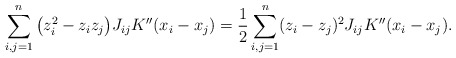
\begin{align*}\sum_{i,j=1}^n \big(z_i^2 - z_iz_j\big) J_{ij} K''(x_i-x_j) &= \frac12\sum_{i,j=1}^n (z_i - z_j)^2 J_{ij} K''(x_i-x_j).\end{align*}